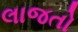
લાજતો